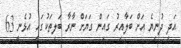
އަދި ދުނިޔެ އަށް ބަލާއިރު ގައިން ގަޔަށް ނާރާ ބަލިތަކުގައި އުޅެނީ 63